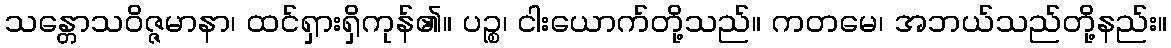
သန္တောသဝိဇ္ဇမာနာ၊ ထင်ရှားရှိကုန်၏။ ပဉ္စ၊ ငါးယောက်တို့သည်။ ကတမေ၊ အဘယ်သည်တို့နည်း။